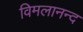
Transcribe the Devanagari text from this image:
विमलानन्द